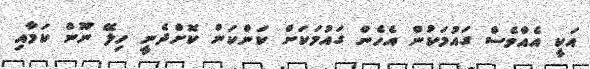
އަކީ އެއްވެސް ގައުމަކުން އެހެން ގައުމަކަށް ކަންކަން ކޮށްދެނީ ހިލޭ ނޫން ކަމާއި